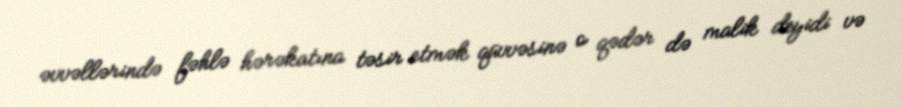
əvvəllərində fəhlə hərəkatına təsir etmək qüvvəsinə o qədər də malik deyidi və